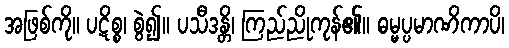
အဖြစ်ကို။ ပဋိစ္စ၊ စွဲ၍။ ပသီဒန္တိ၊ ကြည်ညိုကုန်၏။ ဓမ္မပ္ပမာဏိကာပိ၊